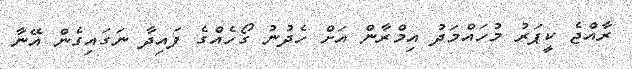
ރާއްޖެ ކީޕަރު މުހައްމަދު އިމްރާން އަށް ހެދުނު ގޯހެއްގެ ފައިދާ ނަގައިގެން އޭނާ